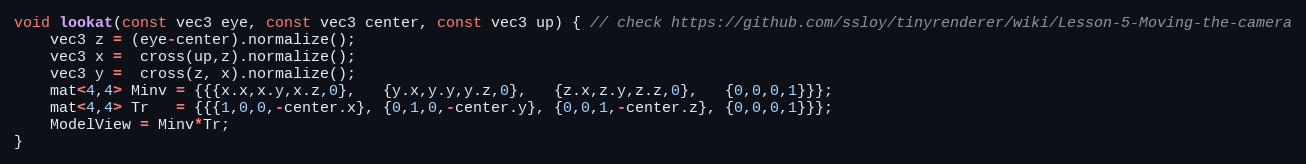
Language: C++
void lookat(const vec3 eye, const vec3 center, const vec3 up) { // check https://github.com/ssloy/tinyrenderer/wiki/Lesson-5-Moving-the-camera
    vec3 z = (eye-center).normalize();
    vec3 x =  cross(up,z).normalize();
    vec3 y =  cross(z, x).normalize();
    mat<4,4> Minv = {{{x.x,x.y,x.z,0},   {y.x,y.y,y.z,0},   {z.x,z.y,z.z,0},   {0,0,0,1}}};
    mat<4,4> Tr   = {{{1,0,0,-center.x}, {0,1,0,-center.y}, {0,0,1,-center.z}, {0,0,0,1}}};
    ModelView = Minv*Tr;
}